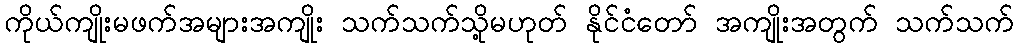
ကိုယ်ကျိုးမဖက်အများအကျိုး သက်သက်သို့မဟုတ် နိုင်ငံတော် အကျိုးအတွက် သက်သက်